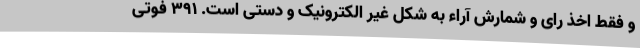
و فقط اخذ رای و شمارش آراء به شکل غیر الکترونیک و دستی است. ۳۹۱ فوتی